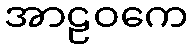
အာဠဝကေ